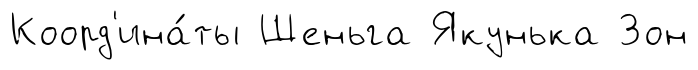
Коорд'ина́ты Шеньга Якунька Зон